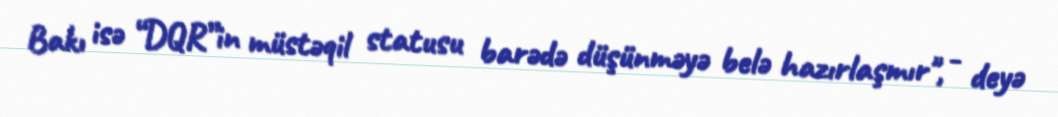
Bakı isə “DQR”in müstəqil statusu barədə düşünməyə belə hazırlaşmır", - deyə